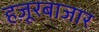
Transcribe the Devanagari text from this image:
हज़ूरबाजार